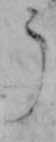
う